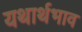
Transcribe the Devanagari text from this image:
यथार्थभाव